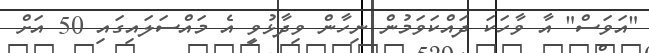
"އަވަސް" އާ ވާހަކަ ދައްކަވަމުން ނިހާން ވިދާޅުވީ އެ މައްސަލައިގައި 50 އަށް